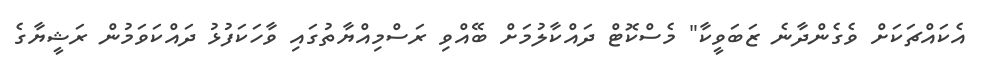
އެކައްޗަކަށް ވެގެންދާނެ ޒަބަވީކާ" މެސްކޮޓް ދައްކާލުމަށް ބޭއްވި ރަސްމިއްޔާތުގައި ވާހަކަފުޅު ދައްކަވަމުން ރަޝީޔާގެ